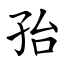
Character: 孡